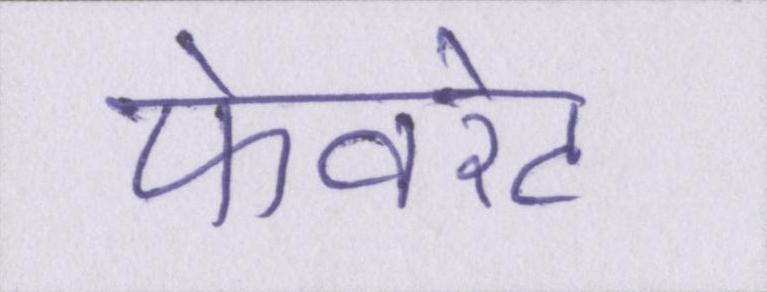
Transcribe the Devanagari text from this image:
फेवरेट